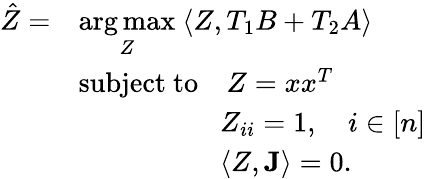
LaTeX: \begin{array}{rl}{\hat{Z}=}&{\underset{Z}{\arg\operatorname*{max}}~\langle Z,T_{1}B+T_{2}A\rangle}\\ &{\mathrm{subject~to}\quad Z=xx^{T}}\\ &{\quad\quad\quad\quad\quad Z_{ii}=1,\quad i\in[n]}\\ &{\quad\quad\quad\quad\quad\langle Z,\mathbf{J}\rangle=0.}\end{array}